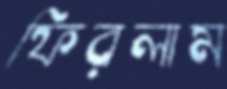
ফিরলাম